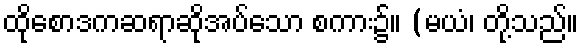
ထိုစောဒကဆရာဆိုအပ်သော စကား၌။ (မယံ၊ တို့သည်။